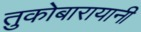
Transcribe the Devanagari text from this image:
तुकोबारायानी